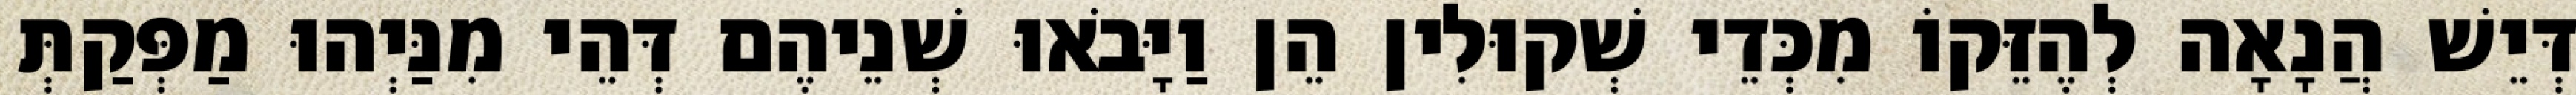
דְּיֵשׁ הֲנָאָה לְהֶזֵּקוֹ מִכְּדֵי שְׁקוּלִין הֵן וַיָּבֹאוּ שְׁנֵיהֶם דְּהֵי מִנַּיְהוּ מַפְּקַתְּ